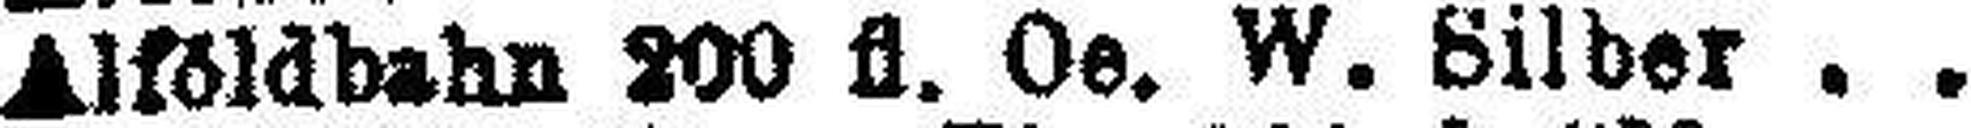
Alföldbahn 200 fl. Oe. W. Silber